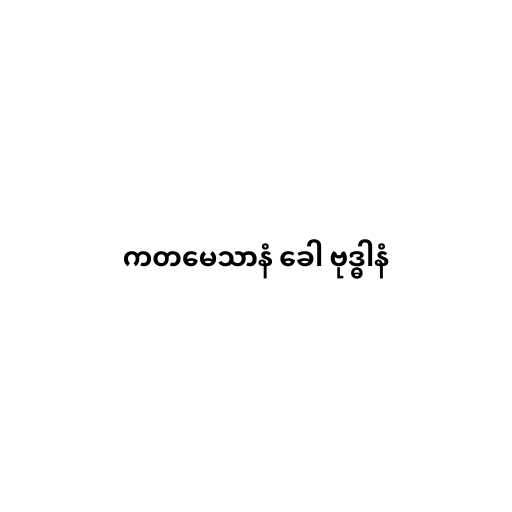
ကတမေသာနံ ခေါ ဗုဒ္ဓါနံ